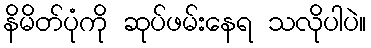
နိမိတ်ပုံကို ဆုပ်ဖမ်းနေရ သလိုပါပဲ။